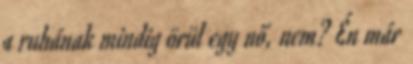
a ruhának mindig örül egy nő, nem? Én már